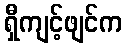
ရှီကျင့်ဖျင်က